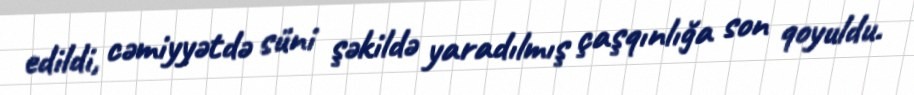
edildi, cəmiyyətdə süni şəkildə yaradılmış çaşqınlığa son qoyuldu.